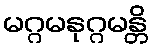
မဂ္ဂမနုဂ္ဂမန္တိ